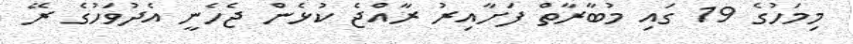
މިމަހުގެ 19 ގައި މުބާރާތް ފަށާއިރު ރާއްޖެ ކުޅެން ޖެހެނީ އެދުވަހުގެ ރޭ